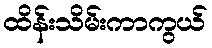
ထိန်းသိမ်းကာကွယ်